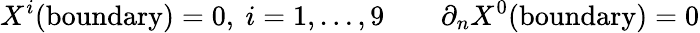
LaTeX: X^{i}(\mathrm{boundary})=0,~i=1,\dots,9\qquad\partial_{n}X^{0}(\mathrm{boundary})=0